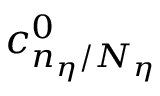
c _ { n _ { \eta } / N _ { \eta } } ^ { 0 }